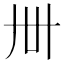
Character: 𬻂